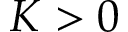
K > 0